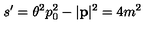
s ^ { \prime } = \theta ^ { 2 } p _ { 0 } ^ { 2 } - | \mathbf { p } | ^ { 2 } = 4 m ^ { 2 }